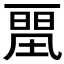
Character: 𰀛